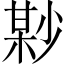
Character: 𡮘